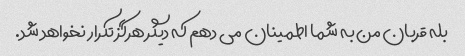
بله قربان من به شما اطمینان می دهم که دیگر هرگز تکرار نخواهد شد.